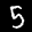
Label: 5